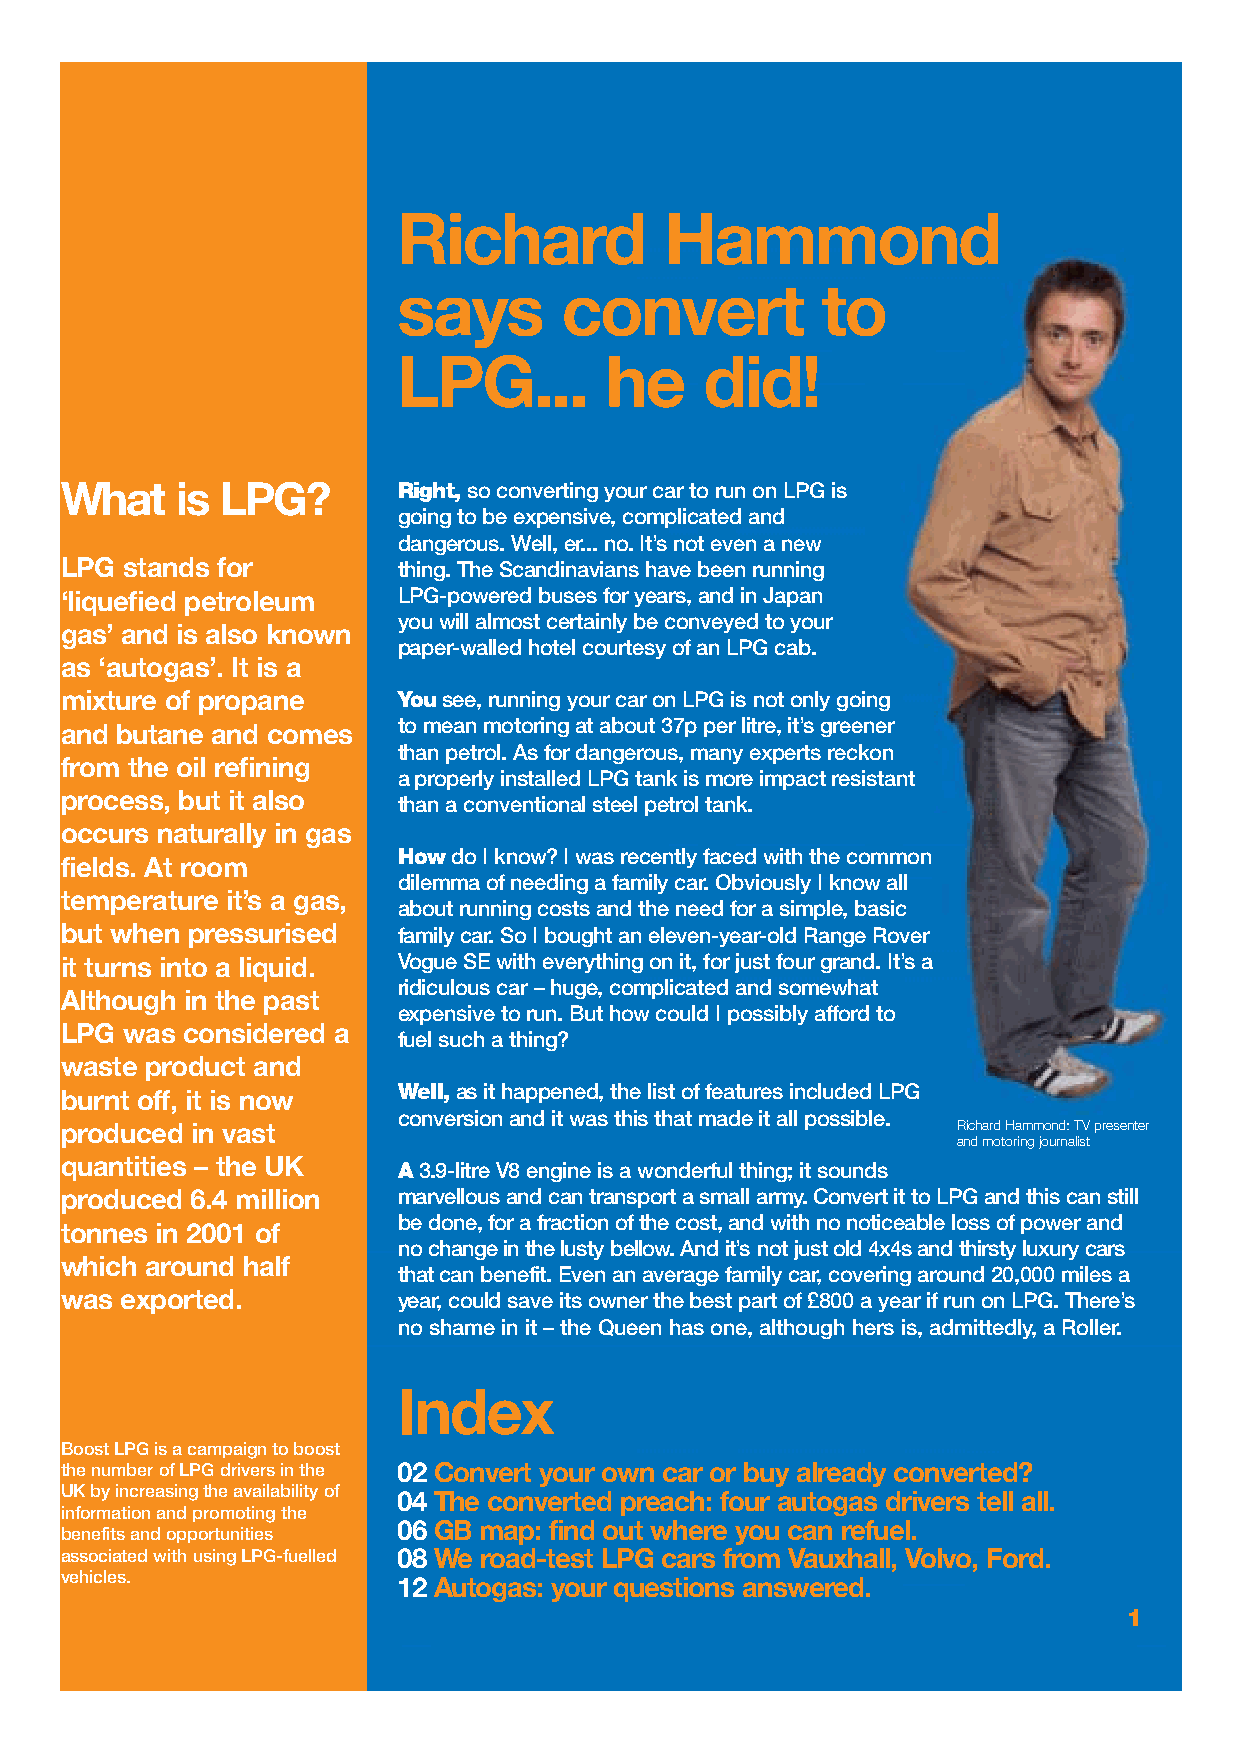
Richard           Hammond
 says       convert          to
 LPG...        he     did!
 What    is LPG?       Right,so converting your car to run on LPG is
 going to be expensive, complicated and
 dangerous. Well, er... no. It’s not even a new
 LPG stands for        thing. The Scandinavians have been running
 ‘liquefied petroleum  LPG-powered buses for years, and in Japan
 you will almost certainly be conveyed to your
 gas’ and is also known
 paper-walled hotel courtesy of an LPG cab.
 as ‘autogas’. It is a
 mixture of propane    Yousee, running your car on LPG is not only going
 and butane and comes  to mean motoring at about 37p per litre, it’s greener
 than petrol. As for dangerous, many experts reckon
 from the oil refining
 a properly installed LPG tank is more impact resistant
 process, but it also
 than a conventional steel petrol tank.
 occurs naturally in gas
 Howdo I know? I was recently faced with the common
 fields. At room
 dilemma of needing a family car. Obviously I know all
 temperature it’s a gas,
 about running costs and the need for a simple, basic
 but when pressurised  family car. So I bought an eleven-year-old Range Rover
 it turns into a liquid. Vogue SE with everything on it, for just four grand. It’s a
 ridiculous car – huge, complicated and somewhat
 Although in the past
 expensive to run. But how could I possibly afford to
 LPG was considered a
 fuel such a thing?
 waste product and
 burnt off, it is now  Well,as it happened, the list of features included LPG
 conversion and it was this that made it all possible.
 produced in vast                                           Richard Hammond: TV presenter
 and motoring journalist
 quantities – the UK   A3.9-litre V8 engine is a wonderful thing; it sounds
 produced 6.4 million  marvellous and can transport a small army. Convert it to LPG and this can still
 bedone, for a fraction of the cost, and with no noticeable loss of power and
 tonnes in 2001 of
 nochange in the lusty bellow. And it’s not just old 4x4s and thirsty luxury cars
 which around half
 thatcan benefit. Even an average family car, covering around 20,000 miles a
 was exported.         year, could save its owner the best part of £800 a year if run on LPG. There’s
 no shame in it – the Queen has one, although hers is, admittedly, a Roller.
 Index
 Boost LPG is a campaign to boost
 the number of LPG drivers in the 02 Convert your own car or buy already converted?
 UK by increasing the availability of 04 The converted preach: four autogas drivers tell all.
 information and promoting the
 06 GB map: find out where you can refuel.
 benefits and opportunities
 associated with using LPG-fuelled 08 We road-test LPG cars from Vauxhall, Volvo, Ford.
 vehicles.             12 Autogas: your questions answered.
 1